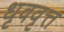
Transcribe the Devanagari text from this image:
धृववृत्त